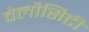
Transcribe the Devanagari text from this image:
वेलौसिटी